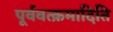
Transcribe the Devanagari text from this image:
पूर्ववत्क्रमादिति